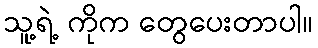
သူ့ရဲ့ ကိုက တွေပေးတာပါ။